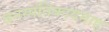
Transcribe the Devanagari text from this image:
वनस्पतिकायमाह